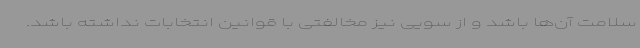
سلامت آن‌ها باشد و از سویی نیز مخالفتی با قوانین انتخابات نداشته باشد.